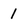
Character: 1